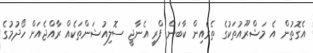
އެގޮތުން އެ މަޝްރޫއުތަކުގެ ތެރެއިން ކާބަން ފްރީ އެނާޖީ ސޮލިއުޝަންތަކެއް ރާއްޖެއަށް ހޯދުމުގެ